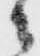
之